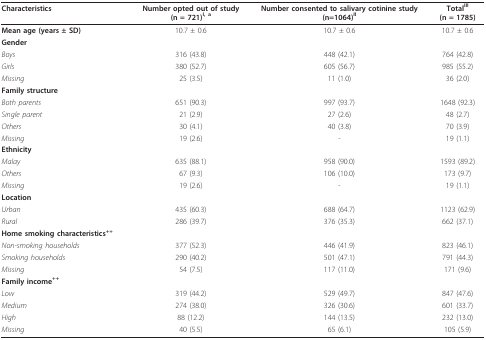
<table><thead><tr><td><b>Characteristics</b></td><td><b>Number opted out of study(n = 721)<sup>I, a</sup></b></td><td><b>Number consented to salivary cotinine study(n=1064)<sup>II</sup></b></td><td><b>Total<sup>III</sup>(n = 1785)</b></td></tr></thead><tbody><tr><td><b>Mean age (years ± SD)</b></td><td>10.7 ± 0.6</td><td>10.7 ± 0.6</td><td>10.7 ± 0.6</td></tr><tr><td><b>Gender</b></td><td></td><td></td><td></td></tr><tr><td><i>Boys</i></td><td>316 (43.8)</td><td>448 (42.1)</td><td>764 (42.8)</td></tr><tr><td><i>Girls</i></td><td>380 (52.7)</td><td>605 (56.7)</td><td>985 (55.2)</td></tr><tr><td><i>Missing</i></td><td>25 (3.5)</td><td>11 (1.0)</td><td>36 (2.0)</td></tr><tr><td><b>Family structure</b></td><td></td><td></td><td></td></tr><tr><td><i>Both parents</i></td><td>651 (90.3)</td><td>997 (93.7)</td><td>1648 (92.3)</td></tr><tr><td><i>Single parent</i></td><td>21 (2.9)</td><td>27 (2.6)</td><td>48 (2.7)</td></tr><tr><td><i>Others</i></td><td>30 (4.1)</td><td>40 (3.8)</td><td>70 (3.9)</td></tr><tr><td><i>Missing</i></td><td>19 (2.6)</td><td>-</td><td>19 (1.1)</td></tr><tr><td><b>Ethnicity</b></td><td></td><td></td><td></td></tr><tr><td><i>Malay</i></td><td>635 (88.1)</td><td>958 (90.0)</td><td>1593 (89.2)</td></tr><tr><td><i>Others</i></td><td>67 (9.3)</td><td>106 (10.0)</td><td>173 (9.7)</td></tr><tr><td><i>Missing</i></td><td>19 (2.6)</td><td>-</td><td>19 (1.1)</td></tr><tr><td><b>Location</b></td><td></td><td></td><td></td></tr><tr><td><i>Urban</i></td><td>435 (60.3)</td><td>688 (64.7)</td><td>1123 (62.9)</td></tr><tr><td><i>Rural</i></td><td>286 (39.7)</td><td>376 (35.3)</td><td>662 (37.1)</td></tr><tr><td><b>Home smoking characteristics<sup>++</sup></b></td><td></td><td></td><td></td></tr><tr><td><i>Non-smoking households</i></td><td>377 (52.3)</td><td>446 (41.9)</td><td>823 (46.1)</td></tr><tr><td><i>Smoking households</i></td><td>290 (40.2)</td><td>501 (47.1)</td><td>791 (44.3)</td></tr><tr><td><i>Missing </i></td><td>54 (7.5)</td><td>117 (11.0)</td><td>171 (9.6)</td></tr><tr><td><b>Family income<sup>++</sup></b></td><td></td><td></td><td></td></tr><tr><td><i>Low</i></td><td>319 (44.2)</td><td>529 (49.7)</td><td>847 (47.6)</td></tr><tr><td><i>Medium</i></td><td>274 (38.0)</td><td>326 (30.6)</td><td>601 (33.7)</td></tr><tr><td><i>High</i></td><td>88 (12.2)</td><td>144 (13.5)</td><td>232 (13.0)</td></tr><tr><td><i>Missing</i></td><td>40 (5.5)</td><td>65 (6.1)</td><td>105 (5.9)</td></tr></tbody></table>